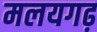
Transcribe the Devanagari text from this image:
मलयगढ़